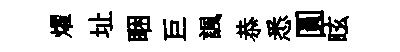
燿址睏巨諷恭悉圓眩